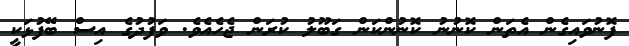
ފޮނުވައިގެން އެތަން ކޮނުނު ކޮނުންކަން ގަބޫލު ކުރަން ޖެހެއެވެ. ވަފުދުގެ އިސް ބޭފުޅަކީ